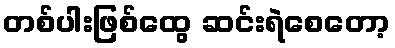
တစ်ပါးဖြစ်ထွေ ဆင်းရဲစေတော့